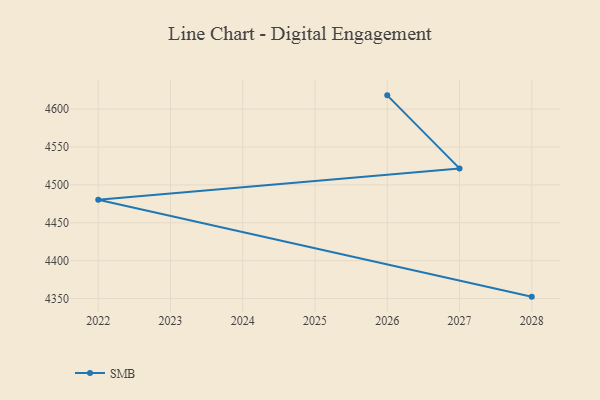
{"axis": {"x": "Year", "y": "Page Views"}, "legend": ["SMB"], "data": [{"x": "2026", "y": 4618.2, "type": "SMB"}, {"x": "2027", "y": 4521.8, "type": "SMB"}, {"x": "2022", "y": 4480.3, "type": "SMB"}, {"x": "2028", "y": 4352.5, "type": "SMB"}]}